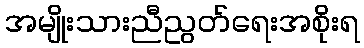
အမျိုးသားညီညွတ်ရေးအစိုးရ